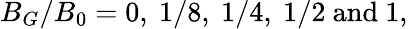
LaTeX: B_{G}/B_{0}=0,~1/8,~1/4,~1/2\mathrm{~and~}1,